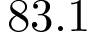
8 3 . 1